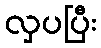
လှပပြီး